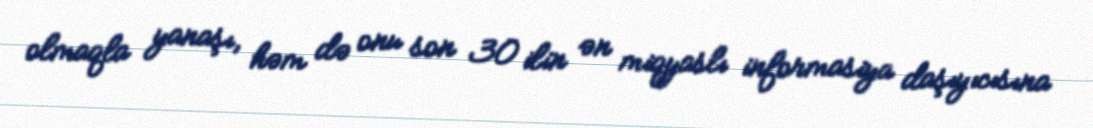
olmaqla yanaşı, həm də onu son 30 ilin ən miqyaslı informasiya daşıyıcısına